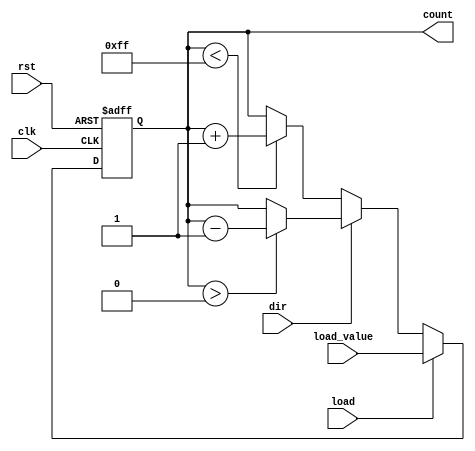
module synchronous_load_counter (
    input wire clk,               // Clock signal
    input wire rst,               // Asynchronous reset signal
    input wire load,              // Load control signal
    input wire [N-1:0] load_value, // Value to load into the counter
    input wire dir,               // Direction control signal (0: up, 1: down)
    output reg [N-1:0] count      // Current counter value
);
    parameter N = 8;              // Define the width of the counter (e.g., 8 bits)
    localparam MAX_COUNT = (1 << N) - 1; // Maximum count value (2^N - 1)

    // Asynchronous reset
    always @(posedge clk or posedge rst) begin
        if (rst) begin
            count <= 0; // Reset counter to 0
        end else if (load) begin
            count <= load_value; // Load the specified value
        end else begin
            // Counting operation
            if (dir == 0) begin
                // Count up
                if (count < MAX_COUNT) begin
                    count <= count + 1; // Increment count
                end
            end else begin
                // Count down
                if (count > 0) begin
                    count <= count - 1; // Decrement count
                end
            end
        end
    end
endmodule